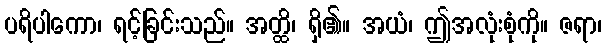
ပရိပါကော၊ ရင့်ခြင်းသည်။ အတ္ထိ၊ ရှိ၏။ အယံ၊ ဤအလုံးစုံကို။ ဇရာ၊